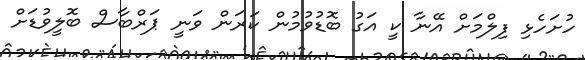
ހުށަހެޅި ފިލްމަށް އޭނާ ކީ އަގު ބޮޑުވުމުން ކަރަަން ވަނީ ޕަރްބާސް ބޮލީވުޑަށް